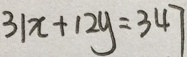
3 1 x + 1 2 y = 3 4 7